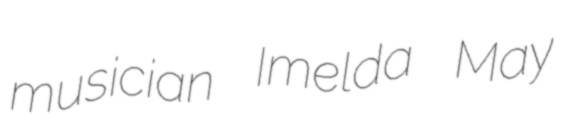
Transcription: musician Imelda May